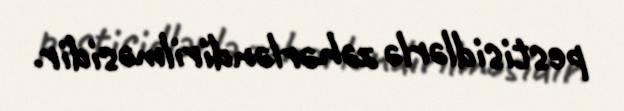
pestisidlərlə zəhərləndirilməsidir.